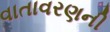
વાતાવરણની